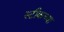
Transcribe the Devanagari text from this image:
स्टीकच्या